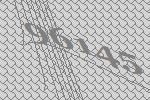
96145